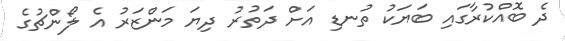
ދެ ބޮއްކުރާގައި ބަޔަކު ތުނޑި އަށް ދަތުރު ދިޔަ މަންޒަރު އެ ލޯންޗުގެ